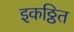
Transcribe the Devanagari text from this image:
इकठ्ठित